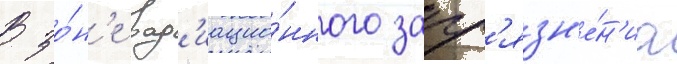
В зо́н'е рад'иацио́нного загр'язн'е́н'иа